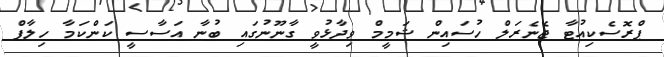
ޕްރޮސެކިއުޓާ ޖެނެރަލް ހުސައިން ޝަމީމް ވިދާޅުވީ ގާނޫނުގައި ބުނާ އަސާސީ ކަންކަމާ ހިލާފް